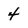
Character: 4